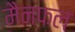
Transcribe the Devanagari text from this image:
मैनफल